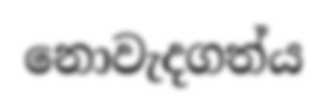
නොවැදගත්ය